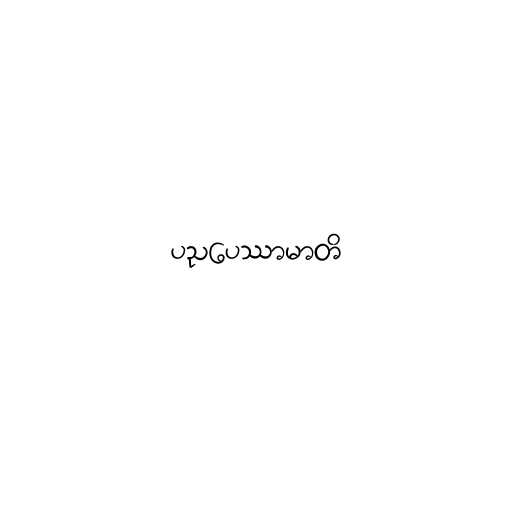
ပညပေဿာမာတိ